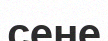
сене